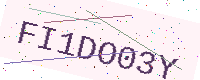
Text: FI1DO03Y